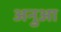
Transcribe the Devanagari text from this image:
अनुआ